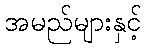
အမည်များနှင့်